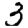
Digit: 3